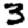
Digit: 3